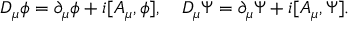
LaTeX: D _ { \mu } \phi = \partial _ { \mu } \phi + i [ A _ { \mu } , \phi ] , \quad D _ { \mu } \Psi = \partial _ { \mu } \Psi + i [ A _ { \mu } , \Psi ] .